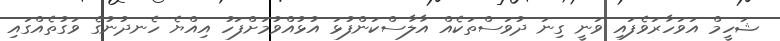
ޝަހީމް އަވަހާރަވެފައި ވަނީ ގިނަ ދުވަސްތަކެއް އާލާސްކަންފުޅަ އުޅުއްވުމަށްފަހު އިއްޔެ ހެނދުނުގެ ވަގުތެއްގައި